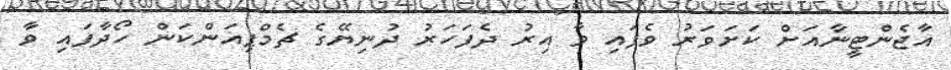
އާޖެންޓީނާއަށް ކަށަވަރު ވެފައި ވާ އިރު ދެފަހަރު ދުނިޔޭގެ ޗެމްޕިއަންކަން ހޯދާފައި ވާ